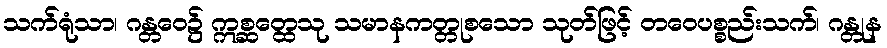
သက်ရုံသာ၊ ဂန္တဝေ၌ ဣစ္ဆတ္ထေသု သမာနကတ္တုစသော သုတ်ဖြင့် တဝေပစ္စည်းသက်၊ ဂန္တုန